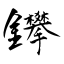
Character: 鑻